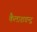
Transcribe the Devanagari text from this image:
कैलाशचन्द्र